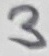
Text: 3